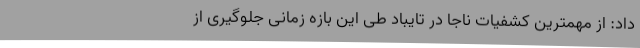
داد: از مهمترین کشفیات ناجا در تایباد طی این بازه زمانی جلوگیری از